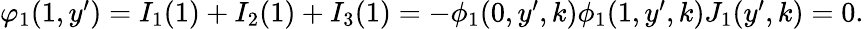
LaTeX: \begin{array}{r}{\varphi_{1}(1,y^{\prime})=I_{1}(1)+I_{2}(1)+I_{3}(1)=-\phi_{1}(0,y^{\prime},k)\phi_{1}(1,y^{\prime},k)J_{1}(y^{\prime},k)=0.}\end{array}